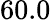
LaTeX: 60.0